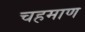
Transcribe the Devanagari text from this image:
चहमाण